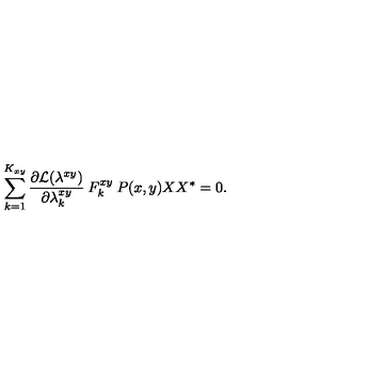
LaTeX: \sum _ { k = 1 } ^ { K _ { x y } } \frac { \partial { \cal { L } } ( \lambda ^ { x y } ) } { \partial \lambda _ { k } ^ { x y } } \: F _ { k } ^ { x y } \: P ( x , y ) X X ^ { * } = 0 .